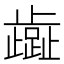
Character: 𬆏